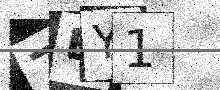
Text: 7EY1